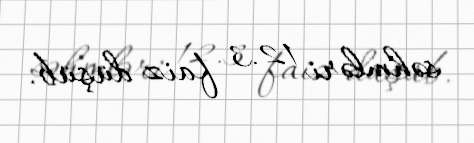
səhmləri 12.3 faiz düşüb.